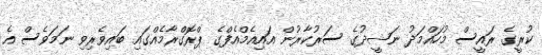
ކުރީގެ ރައީސް މުހައްމަދު ނަޝީދުގެ ސަރުކާރުން އައިއެމްއެފްގެ ޕްރޮގްރާމެއްގައި ބައިވެރިވި ނަމަވެސް އެ